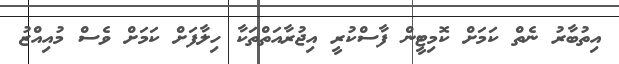
އިތުބާރު ނެތް ކަމަށް ކޮމިޓީން ފާސްކުރީ އިޖުރާއަތްތަކާ ހިލާފަށް ކަމަށް ވެސް މުއިއްޒު